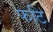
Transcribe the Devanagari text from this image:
फटि